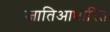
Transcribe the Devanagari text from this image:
जातिआधारित